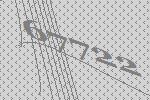
67722